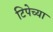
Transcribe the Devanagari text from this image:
टिपेच्या